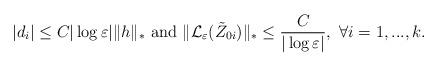
LaTeX: \begin{align*}|d_{i}|\leq C|\log\varepsilon|\|h\|_{\ast}\ \mbox{and}\ \|\mathcal{L}_{\varepsilon}(\tilde{Z}_{0i})\|_{\ast}\leq\frac{C}{|\log\varepsilon|},\ \forall i=1,...,k.\end{align*}